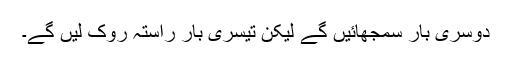
دوسری بار سمجھائیں گے لیکن تیسری بار راستہ روک لیں گے۔